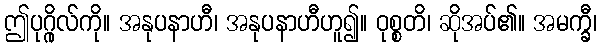
ဤပုဂ္ဂိုလ်ကို။ အနုပနာဟီ၊ အနုပနာဟီဟူ၍။ ဝုစ္စတိ၊ ဆိုအပ်၏။ အမက္ခီ၊